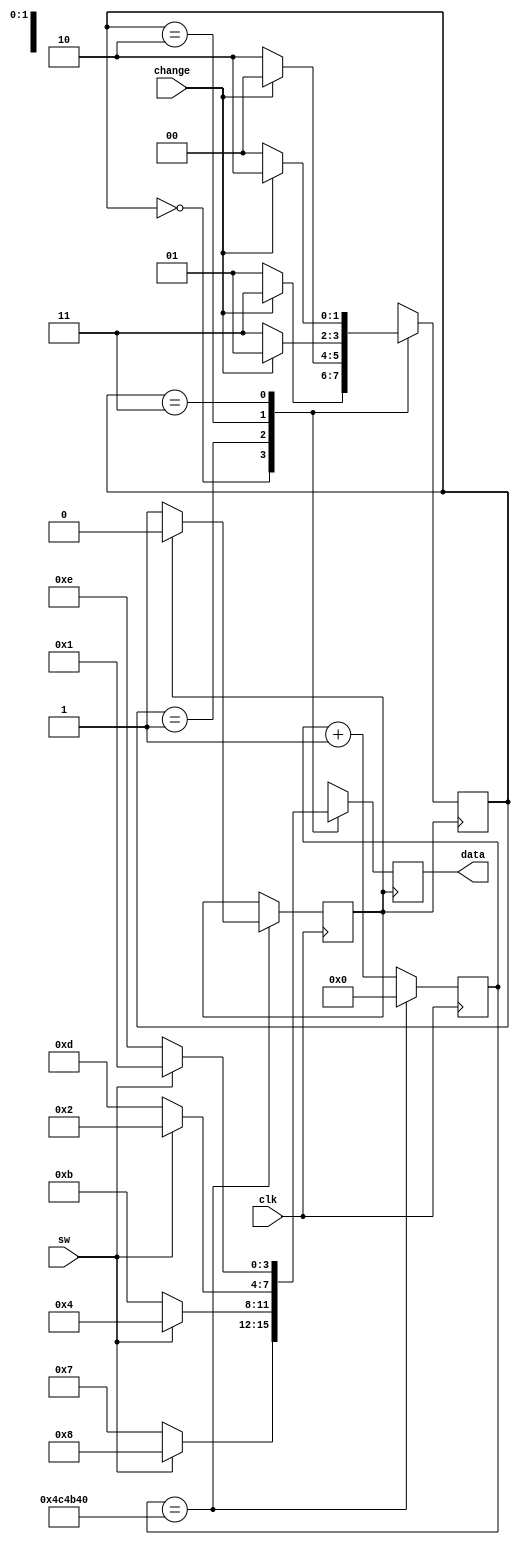
module led(clk,data,sw,change);
input clk,sw,change;
output[3:0] data;
reg clk1s;
parameter max=5000000;
reg[1:0] state=2'b00;
reg[30:0] n;
reg[3:0] data;
always @(posedge clk)begin
    if(n==max)begin
        if(!clk1s)clk1s<=1'b1;
        else clk1s<=1'b0;
        n<=0;
        end
    else n<=n+1;
    end
always @(posedge clk1s)begin
    case(state)
    2'b00:begin
        if( change ) state<=2'b11;
        else state<=2'b01;
        if(sw)begin
        data<=4'b1000;
        end
        else begin
        data<=4'b0111;
        end
       end
    2'b01:begin
        if( change ) state<=2'b00;
        else state<=2'b10;
        if(sw)begin
        data<=4'b0100;
        end
        else begin
        data<=4'b1011;
        end
    end
    2'b10:begin
        if( change ) state<=2'b01;
         else state<=2'b11;
        if(sw)begin
        data<=4'b0010;
        end
        else begin
        data<=4'b1101;
        end
    end
    2'b11:begin
        if( change ) state<=2'b10;
            else state<=2'b00;
        if(sw)begin
        data<=4'b0001;
        end
        else begin
        data<=4'b1110;
        end
    end
    endcase
end
endmodule